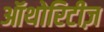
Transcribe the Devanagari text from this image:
ऑथोरिटीज़